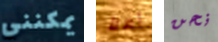
يمكنني أملأ نحن